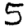
Digit: 5